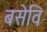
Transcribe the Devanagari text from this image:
बसेवि